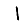
Digit: 1